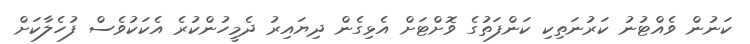
ކަނުން ވެއްޓުނު ކަރުނަތިކި ކަންފަތުގެ ވޮށްޓަށް އެޅިގެން ދިޔައިރު ދެމީހުންކުރެ އެކަކުވެސް ފުހެލާކަށް